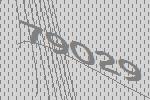
79029